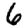
Digit: 6